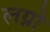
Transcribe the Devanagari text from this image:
लग्नो